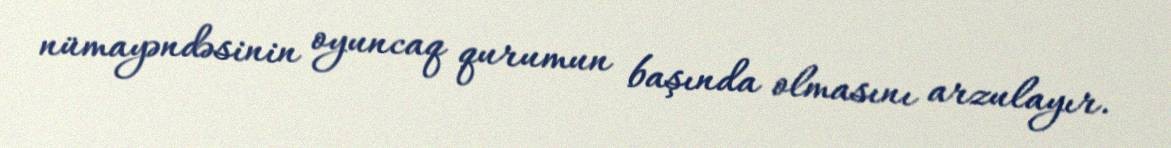
nümayəndəsinin oyuncaq qurumun başında olmasını arzulayır.